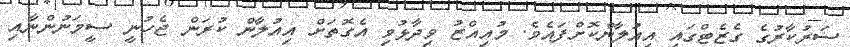
ސަރުކާރުގެ ގެޒެޓްގައި އިއުލާންކޮށްފައެވެ. މުއިއްޒު ވިދާޅުވި އެގޮތަށް އިއުލާން ކުރަން ޖެހުނީ ސީމަނުންނާއި